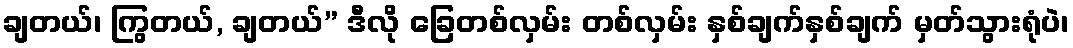
ချတယ်၊ ကြွတယ်, ချတယ်” ဒီလို ခြေတစ်လှမ်း တစ်လှမ်း နှစ်ချက်နှစ်ချက် မှတ်သွားရုံပဲ၊